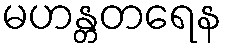
မဟန္တတရေန